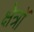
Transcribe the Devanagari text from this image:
क्षेत्रॉ